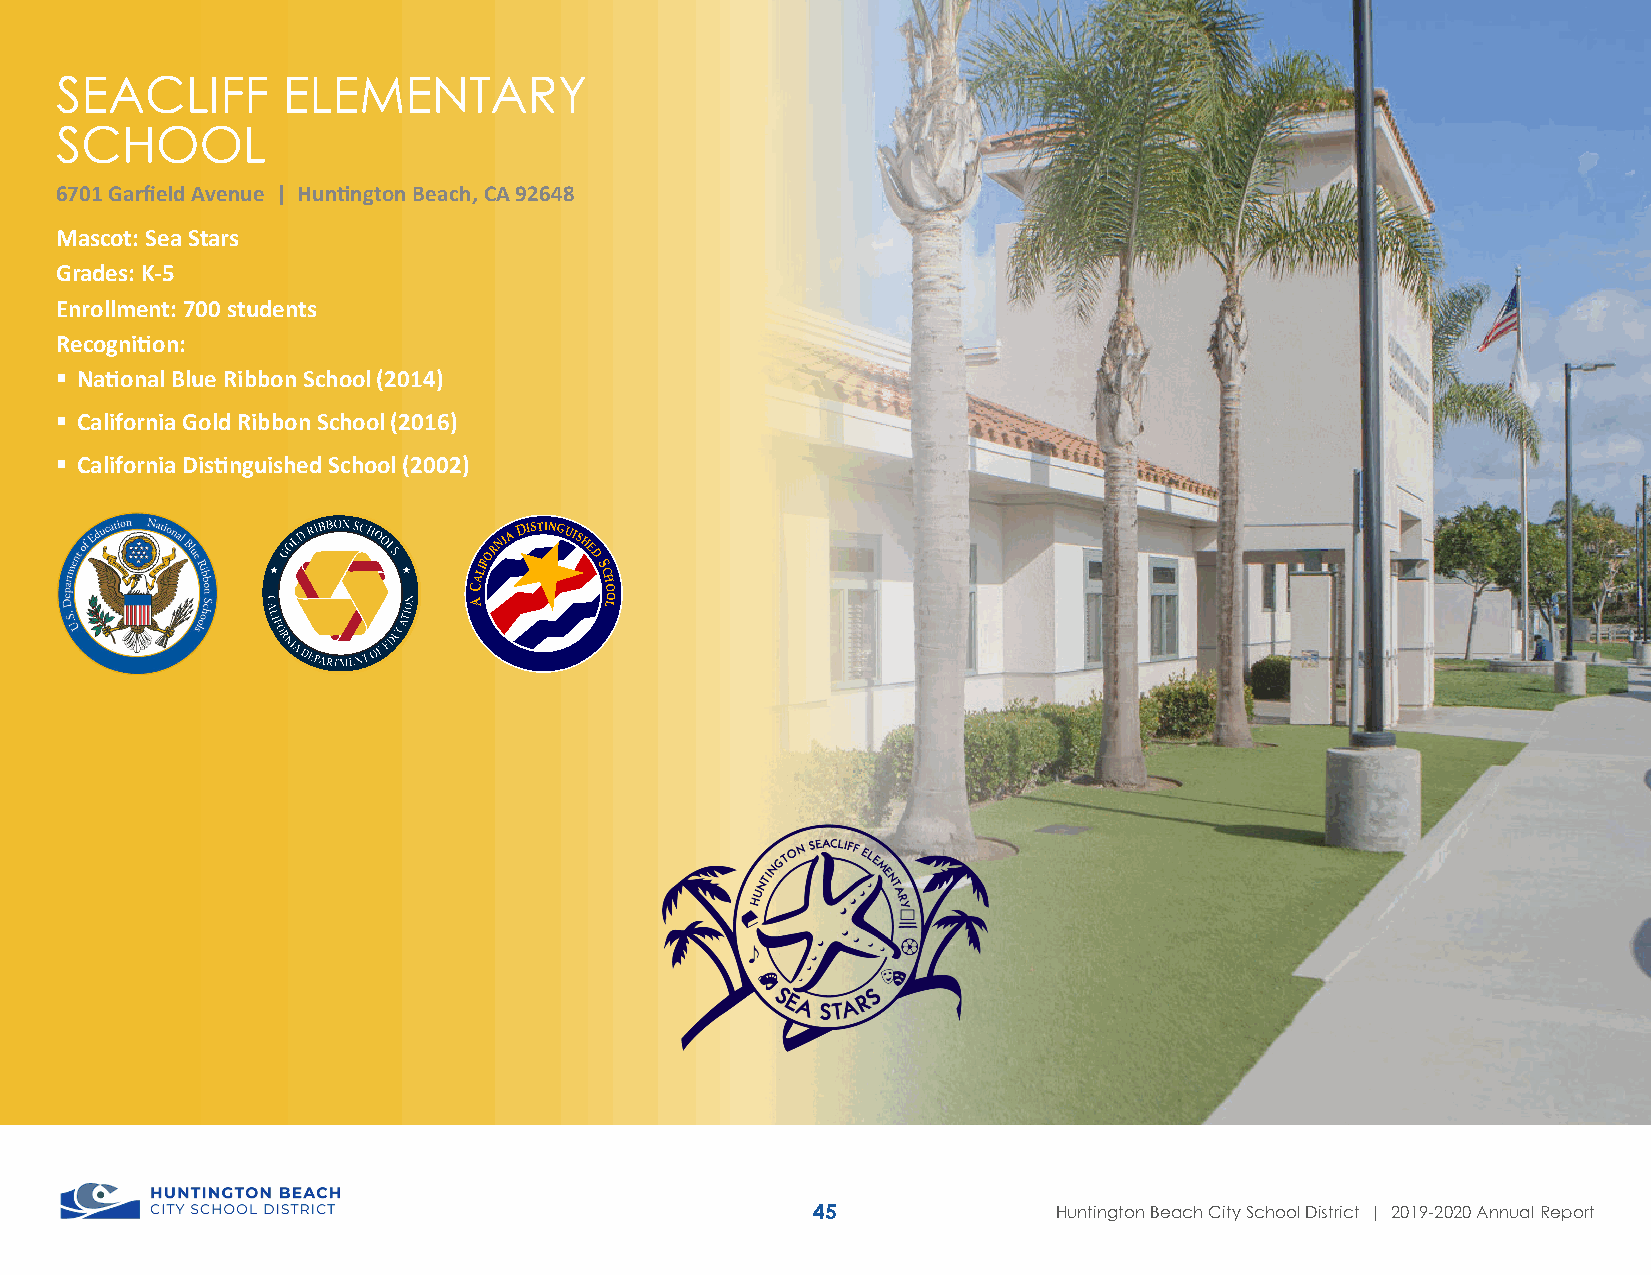
SEACLIFF       ELEMENTARY
 SCHOOL
 6701 Garfield Avenue | Huntington Beach, CA 92648
 Mascot: Sea Stars
 Grades: K-5
 Enrollment: 700 students
 Recognition:
  National Blue Ribbon School (2014)
  California Gold Ribbon School (2016)
  California Distinguished School (2002)
 ALIFORNIA
 DISTINGUISHE
 D
 SC
 H
 C        O
 A        LO
 45              Huntington Beach City School District | 2019-2020 Annual Report